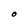
Character: O